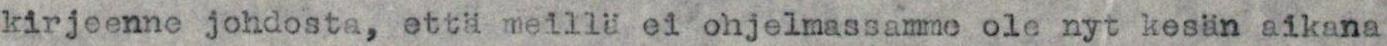
kirjeenne johdosta, että meillä ei ohjelmassamme ole nyt kesän aikana